Report of the Indian Hemp Drugs Commission, 1894-1895 - Volume VI
Year: 1894
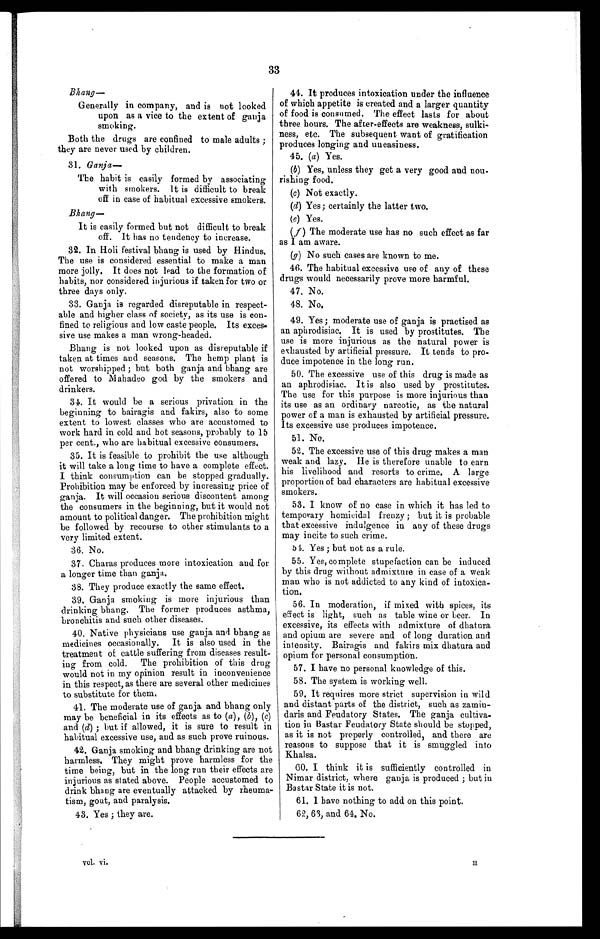
33
Bhang-
Generally in company, and is not looked
upon as a vice to the extent of ganja
smoking.
Both the drugs are confined to male adults ;
they are never used by children.
31. Ganj a-
The habit is easily formed by associating
with smokers. lt is difficult to break
off in case of habitual excessive smokers.
Bhang-
It is easily formed but not difficult to break
off. It has no tendency to increase.
32. In Holi festival bhang is used by Hindus.
The use is considered essential to make a man
more jolly. It does not lead to the formation of
habits, nor considered injurious if taken for two or
three days only.
33. Ganja is regarded disreputable in respect-
able and higher class of society, as its use is con-
fined to religious and low caste people. Its exces-
- s i v e u s e m a k e s a m a n w r o n g - h e a d e d .
Bhang is not looked upon as disreputable if
taken at times and seasons. The hemp plant is
not worshipped ; but both ganja and bhang are
offered to Mahadeo god by the smokers and
drinkers.
34. It would be a serious privation in the
beginning to bairagis and fakirs, also to some
extent to lowest classes who are accustomed to
work hard in cold and hot seasons, probably to 15
per cent., who are habitual excessive consumers.
35. It is feasible to prohibit the use although
it will take a long time to have a complete effect.
I think consumption can be stopped gradually.
Prohibition may be enforced by increasing price of
ganja. It will occasion serious discontent among
the consumers in the beginning, but it would not
amount to political danger. The prohibition might
be followed by recourse to other stimulants to a
very limited extent.
36. No.
37. Charas produces more intoxication and for
a longer time than ganja.
38. They produce exactly the same effect.
39. Ganja smoking is more injurious than
drinking bhang. The former produces asthma,
bronchitis and such other diseases.
40. Native physicians use ganja and bhang as
medicines occasionally. It is also used in the
treatment of cattle suffering from diseases result-
- i n g f r o m c o l d . T h e p r o h i b i t i o n o f t h i s d r u g
would not in my opinion result in inconvenience
in this respect, as there are several other medicines
to substitute for them.
41. The moderate use of ganja and bhang only
may be beneficial in its effects as to (a), (b), (c)
and (d) ; but if allowed, it is sure to result in
habitual excessive use, and as such prove ruinous.
42. Ganja smoking and bhang drinking are not
harmless. They might prove harmless for the
time being, but in the long run their effects are
injurious as stated above. People accustomed to
drink bhang are eventually attacked by rheuma-
tism, gout, and paralysis.
43. Yes ; they are.
v o l . v i .
44. It produces intoxication under the influence
of which appetite is created and a larger quantity
of food is consumed. The effect lasts for about
three hours. The after-effects are weakness, sulki-
ness, etc. The subsequent want of gratification
produces longing and uneasiness.
45. (a) Yes.
(b) Yes, unless they get a very good and nou-
rishing food.
(c) Not exactly.
(d) Yes; certainly the latter two.
(e) Yes.
(f) The moderate use has no such effect as far
as I am aware.
(g) No such cases are known to me.
46. The habitual excessive use of any of these
drugs would necessarily prove more harmful.
47. No.
48. No.
49. Yes; moderate use of ganja is practised as
an aphrodisiac. It is used by prostitutes. The
use is more injurious as the natural power is
exhausted by artificial pressure. It tends to pro-
duce impotence in the long run.
50. The excessive use of this drug is made as
an aphrodisiac. It is also used by prostitutes.
The use for this purpose is more injurious than
its use as an ordinary narcotic, as the natural
power of a man is exhausted by artificial pressure,
Its excessive use produces impotence.
51. No.
52. The excessive use of this drug makes a man
weak and lazy. He is therefore unable to earn
his livelihood and resorts to crime. A large
proportion of bad characters are habitual excessive
smokers.
53. I know of no case in which it has led to
temporary homicidal frenzy ; but it is probable
that excessive indulgence in any of these drugs
may incite to such crime.
b 1. Yes ; but not as a rule.
55. Yes, complete stupefaction can be induced
by this drug without admixture in case of a weak
man who is not addicted to any kind of intoxica-
tion.
56. In moderation, if mixed with spices, its
effect is light, such as table wine or beer. In
excessive, its effects with admixture of dhatura
and opium are severe and of long duration and
intensity. Bairagis and fakirs mix dhatura and
opium for personal consumption.
57. I have no personal knowledge of this.
58. The system is working well.
59. It requires more strict supervision in wild
and distant parts of the district, such as zamin-
daris and Feudatory States. The ganja cultiva-
tion in Bastar Feudatory State should be stopped,
as it is not properly controlled, and there are
reasons to suppose that it is smuggled into
Khalsa.
60. I think it is sufficiently controlled in
Nimar district, where ganja is produced ; but in
Bastar State it is not.
I have nothing to add on this point.
62, 63. and 61. No.
H